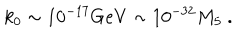
k _ { 0 } \sim 1 0 ^ { - 1 7 } \mathrm { G e V } \sim 1 0 ^ { - 3 2 } M _ { 5 } \ .